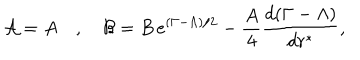
LaTeX: { \cal { A } } = A \quad , \quad { \cal { B } } = B \, e ^ { ( \Gamma - \Lambda ) / 2 } - \frac { A } { 4 } \frac { d ( \Gamma - \Lambda ) } { d r ^ { * } } ,